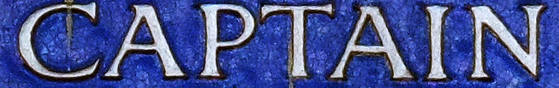
CAPTAIN